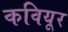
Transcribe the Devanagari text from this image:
कवियूर